Vital statistics of India. Vol. VI, European troops 1870-79
Year: 1870
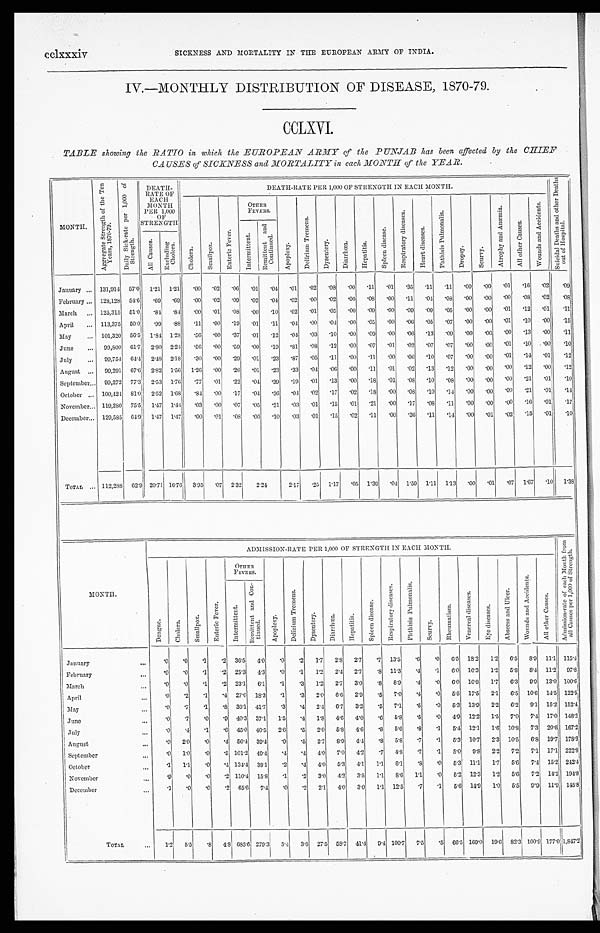
cclxxxiv
SICKNESS AND MORTALITY IN THE EUROPEAN ARMY OF INDIA.
IV.—MONTHLY DISTRIBUTION OF DISEASE, 1870-79.
CCLXVI.
TABLE showing the RATIO in which the EUROPEAN ARMY of the PUNJAB has been affected by the CHIEF
CAUSES of SICKNESS and MORTALITY in each MONTH of the YEAR.
MONTH.
A g g r e g a t e S t r e n g t h o f t h e T e n
Y e a r s , 1 8 7 0 - 7 9 .
D a i l y S i c k - r a t e p e r 1 , 0 0 0 o f
S t r e n g t h .
DEATH-
RATE OF
EACH
MONTH
PER 1,000
OF
STRENGTH
DEATH-RATE PER 1,000 OF STRENGTH IN EACH MONTH.
S u i c i d a l D e a t h s a n d o t h e r D e a t h s
o u t o f H o s p i t a l .
C h o l e r a .
S m a l l p o x .
E n t e r i c F e v e r .
OTHER
FEVERS.
A p o p l e x y .
D e l i r i u m T r e m e n s .
D y s e n t e r y .
D i a r r h œ a .
H e p a t i t i s .
S p l e e n d i s e a s e .
R e s p i r a t o r y d i s e a s e s .
H e a r t d i s e a s e s .
P h t h i s i s P u l m o n a l i s .
D r o p s y .
S c u r v y .
A t r o p h y a n d A n æ m i a .
A l l o t h e r C a u s e s .
W o u n d s a n d A c c i d e n t s .
I n t e r m i t t e n t .
R e m i t t e n t a n d
C o n t i n u e d .
A l l C a u s e s . Excl udi ng
Chol era.
January . . . 131,914 57.0 1.21 1.21 .00 .02 .06 .01 .04
. 0 1 .02
. 0 8 .00 .11 .01 .35 .11 .11 .00 .00
. 0 1 .16 .02
. 0 9
February . . . 128,128 54.6 .69 .69 .00 .02 .09 .02 .04
. 0 2 .00 .02
. 0 0
. 0 8 .00
. 1 1 .04 .08 .00 .00
. 0 0 .08 .02
. 0 8
March
. . . 125,315 51.0
. 8 4 .84 .00 .01 .08
. 0 0
. 1 0
. 0 2 .01 .05 .00 .09 .00
. 0 9 .09 .05 .00 .00
. 0 1 . 1 2 .01
. 1 1
April
. . . 113,375 50.0 .99
. 8 8 .11
. 0 0 .19 .01 .11
. 0 4 .00 .04 .00 .05 .00 .06 .05 .07 .00 .00
. 0 1 .10 .00
. 1 5
May
. . . 101,320 56.5 1.84 1.28 .56 .00 .37
. 0 1 .12
. 0 4 .03 .10 .00 .09 .00 .06 .13 .09 .00 .00
. 0 0 .13 .00
. 1 1
June
. . .
9 9 , 8 0 0 61.7 2.80 2.24 .56 .00 .59 .00
. 1 9
. 8 1 . 0 8 .12 .00 .07 .01 .02 .07 .07 .00 .00
. 0 1 .10 .00
. 1 0
July
. . .
9 9 , 7 5 4 64.4 2.48 2.18 .30 .00 .29 .01 .23
. 8 7 .05 .11
. 0 0 .11 .00
. 0 6 .10 .07 .00
. 0 0
. 0 1 .14
. 0 1
. 1 2
August . . .
9 9 , 2 9 1 67.6 2.82 1.56 1.26 .00 .26 .01 .23
. 3 3 .04 .06 .00 .11 .01 .02
. 1 3 .12 .00 .00
. 0 0 .12 .00 .12
September . . .
9 9 , 2 7 2 77.3 2 . 5 3
1.76 .77 .01 .22 .04 .39
. 1 9 .01 .13 .00 .18 .01 .08 .10
. 0 8 .00 .00
. 0 0 .21 .01 .10
October . . . 100,424 81.0 2.52 1.68 .84 .00 .17 .04 .36
. 0 4 .02 .17 .02 .18
. 0 0
. 0 8 .10
. 1 4 .00
. 0 0
. 0 0 .21 .01 .14
November . . . 119,280 75.5 1.47
1 . 4 4 .03 .00 .07 .05 .21
. 0 3 .01 .15 .01 .21 .00
. 1 7
. 0 8 .11 .00 .00
. 0 0 .16 .01 .17
December
. . .
129,585 64.9 1.47 1.47 .00 .01
. 0 8 .06 .10
. 0 3 .01 .15 .02 .11 .00 .36 .11 .14 .00 .01
. 0 2 .15 .01.10
TOTAL ... 112,288 62.9
2 0 . 7 1 16.76 3.95 .07 2.32
2. 24
2.17 .25 1.17 .05 1.39 .04 1.59 1.11 1.13 .00 .01
. 0 7 1.67 .10 1.38
MONTH.
ADMISSION-RATE PER 1,000 OF STRENGTH IN EACH MONTH.
A d m i s s i o n - r a t e o f e a c h M o n t h f r o m
a l l C a u s e s p e r 1 , 0 0 0 o f S t r e n g t h .
D e n g u e .
C h o l e r a . S m a l l p o x .
E n t e r i c F e v e r .
OTHER
FEVERS.
A p o p l e x y .
D e l i r i u m T r e m e n s .
D y s e n t e r y .
D i a r r h œ a .
H e p a t i t i s .
S p l e e n d i s e a s e .
R e s p i r a t o r y d i s e a s e s .
P h t h i s i s P u l m o n a l i s .
S c u r v y .
R h e u m a t i s m .
V e n e r e a l d i s e a s e s .
E y e d i s e a s e s .
A b s c e s s a n d U l c e r . W o u n d s a n d A c c i d e n t s .
A l l o t h e r C a u s e s .
I n t e r m i t t e n t .
R e m i t t e n t a n d C o n -
t i n u e d .
January
. . .
. 0
.0 .1
. 2 3 6 . 5
4. 0
. 0
.2
1.7
2 . 8
2 . 7
. 7 1 3 . 5
. 6 . 0 . 6 . 5
18.2 1. 2
6.5 8.9 11.1 115.4
February
. . .
. 0
.0 .1
. 2 2 5 . 3
4. 3
. 0
.1
1 . 2
2 . 4 2 . 7
. 8 1 1 . 3
. 4 . 1
6 . 0
16.3 1. 2 5.8
8 . 4
11.2 97.8
March
. . .
.0
.0 .1
. 2 2 3 . 1
6. 1
. 1
.3
1 . 2
2 . 7 3 . 0
. 8 8 . 9
. 4
. 0
6 . 0
1 6 . 8
1. 7 6.3
9 . 9
13.0 100.6
April
. . .
.0
.2 .1
. 4 2 7 . 0
18.3
. 1
.3 2. 0
6 . 6 2 . 9 .5
7. 0 . 4 .0 5 . 5
1 7 . 5
2. 1 6.5
1 0 . 6
14. 5 122.5
Ma y
. . .
.0 .7 .1
. 8 3 6 . 1
41. 7
. 3
.4 2.4
6 . 7 3 . 2 .5
7. 1 . 5 .0 5 . 3
1 3 . 9
2. 2 6.2
9 . 1
15.2 152.4
June
. . .
.0
.7 .0
. 9 4 0 . 3
37. 1
1 . 5
.4
1 . 8
4 . 6
4 . 0
.6
5. 8 . 5 .0 4 . 9
1 2 . 2
1. 5 7.0 7 . 4
1 7 . 0
148.2
July
. . .
.0
.4 .1
. 6 45. 0 40. 5
2 . 6
.5
2. 0
5 . 8
4 . 6 .8
5. 6 . 8 .1 5 . 4
1 2 . 1
1. 6 10. 8 7 . 3
20.6 167.2
August
. . .
.0
2 . 0
. 0 . 4
56.4 39.4
. 9
.5
2. 7
8 . 9
4 . 4 .8
5 . 8 . 7 .1 5 . 3
1 0 . 7
2. 3 10. 5 6 . 8
1 9 . 7
178.3
September
. . .
.0
1.0 .0
. 5
101. 2 49.4
. 4
.4
4.0 7 . 0
4 . 2
.7
4 . 8 . 7
. 1
5.0 9 . 8
2 . 2
7 . 2 7 . 1
17. 1 222.8
October
. . .
.1
1.1
. 0
. 4
134.4 38.1
. 2
.4
4. 0
5 . 3 4 . 1 1.1
6 . 1 . 8
. 0
5. 3 11. 1 1 . 7
5 . 6
7 . 4
1 5 . 2
242.4
November
. . .
.9 .0 .0
. 2
110. 4
1 5 . 8 . 1 .2
3.0 4 . 2 3 . 5 1.1
8 . 6
1 . 1 . 0
5. 2 12. 3 1 . 2
5 . 6
7 . 2
1 4 . 2
194.8
December
. . .
.1
.0 .0
. 2
65.6
7 . 4
. 0
.2
2.1
4 . 0
3 . 0 1.1 1 2 . 5
. 7
. 1
5. 6 14. 9
1. 0
5 . 5
9 . 9
11.9 1 4 5 . 8
TOTAL
. . .
1.2 5.5
. 8
4 . 8 685. 6 279. 3
5 . 4
3.6
27. 5
5 8 . 7 4 1 . 4 9.4
100. 7
7 . 5
.5
66. 5 169. 0
1 9 . 6 8 2 . 3
1 0 0 . 9
1 7 7 . 0 1,847.2